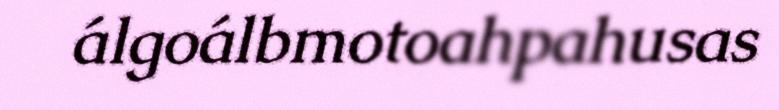
álgoálbmotoahpahusas